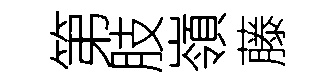
第肢嶺藤